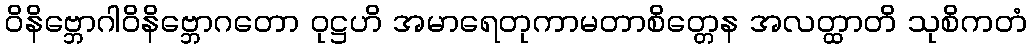
ဝိနိဗ္ဘောဂါဝိနိဗ္ဘောဂတော ဝုဋ္ဌဟိ အမာရေတုကာမတာစိတ္တေန အလတ္ထာတိ သုစိကတံ